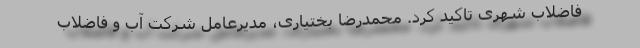
فاضلاب شهری تاکید کرد. محمدرضا بختیاری، مدیرعامل شرکت آب و فاضلاب